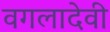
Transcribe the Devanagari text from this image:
वगलादेवी